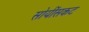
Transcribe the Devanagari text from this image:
सोयींसकट